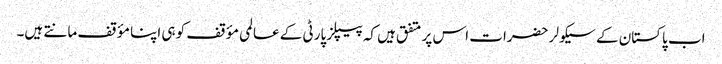
اب پاکستان کے سیکولر حضرات اس پر متفق ہیں کہ پیپلز پارٹی کے عالمی مؤقف کو ہی اپنا مؤقف مانتے ہیں۔